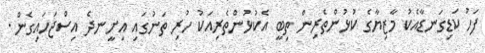
ފަހު ކަޑިގަނޑާއެކު މާޒިޔާގެ ކުޅުންތެރިން ތިބީ އެކުޅުންތެރިއަކު ހުރި ތަނުގައި އިށީނދެ އިސްޖަހައިގެން.